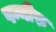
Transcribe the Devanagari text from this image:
पन्नीरु